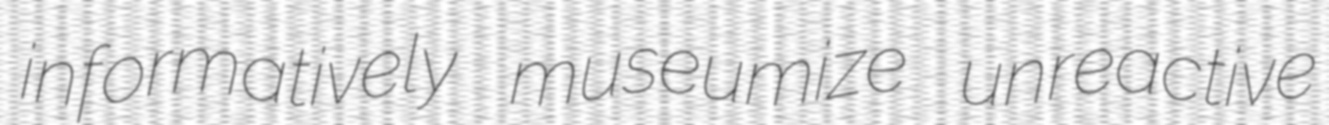
informatively museumize unreactive